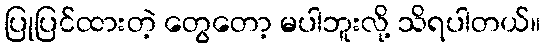
ပြုပြင်ထားတဲ့ တွေတော့ မပါဘူးလို့ သိရပါတယ်။